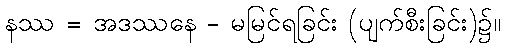
နဿ = အဒဿနေ - မမြင်ရခြင်း (ပျက်စီးခြင်း)၌။